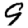
Digit: 9